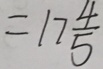
= 1 7 \frac { 4 } { 5 }